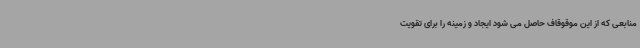
منابعی که از این موقوقاف حاصل می شود ایجاد و زمینه را برای تقویت